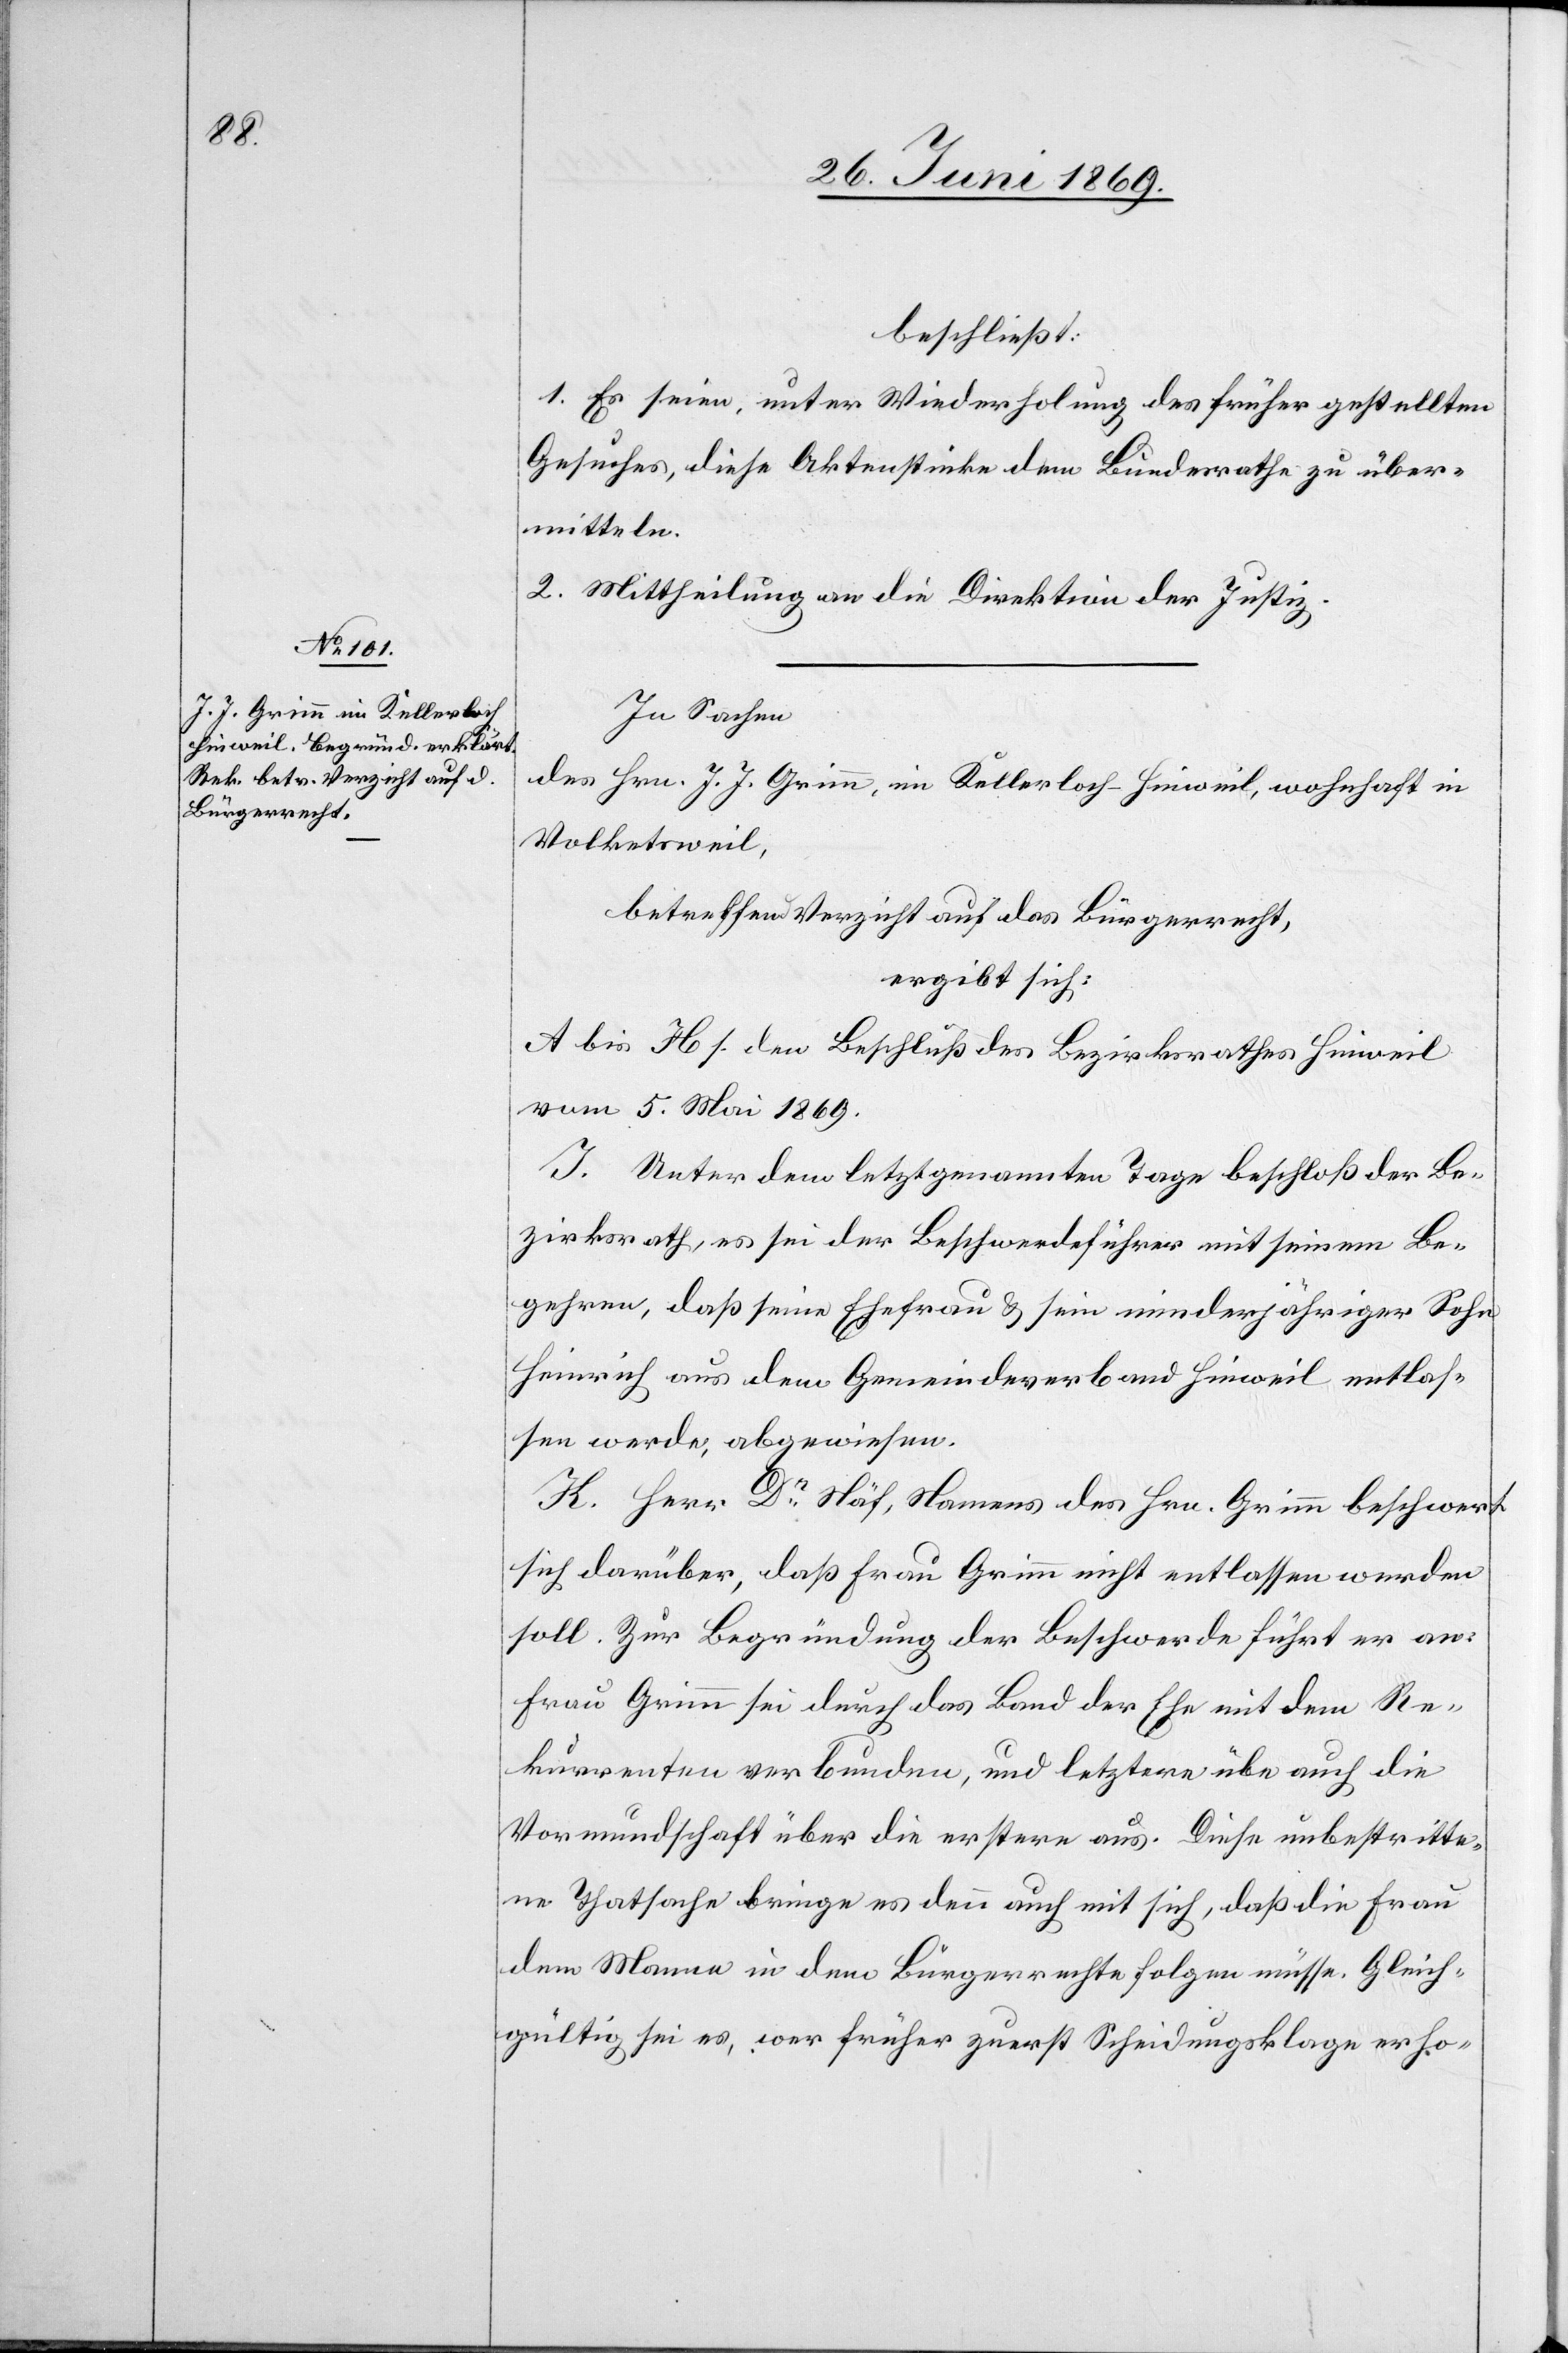
beschließt:
1. Es seien, unter Wiederholung des früher gestellten
Gesuches, diese Aktenstücke dem Bundesrathe zu über¬
mitteln.
2. Mittheilung an die Direktion der Justiz.
In Sachen
des Hrn. J. J. Grimm, im Kellerloch-Hinweil, wohnhaft in
Volketsweil,
betreffend Verzicht auf das Bürgerrecht,
ergibt sich:
A bis H s. den Beschluß des Bezirksrathes Hinweil
vom 5. Mai 1869.
J. Unter dem letztgenannten Tage beschloß der Be¬
zirksrath, es sei der Beschwerdeführer mit seinem Be¬
gehren, daß seine Ehefrau u. sein minderjähriger Sohn
Heinrich aus dem Gemeindeverband Hinweil entlas¬
sen werde, abgewiesen.
K. Herr Dr Näf, Namens des Hrn. Grimm beschwert
sich darüber, daß Frau Grimm nicht entlassen werden
soll. Zur Begründung der Beschwerde führt er an:
Frau Grimm sei durch das Band der Ehe mit dem Re¬
kurrenten verbunden, und letztere übe auch die
Vormundschaft über die erstere aus. Diese unbestritte¬
ne Thatsache bringe es denn auch mit sich, daß die Frau
dem Manne in dem Bürgerrechte folgen müsse. Gleich¬
gültig sei es, wer früher zuerst Scheidungsklage erho-